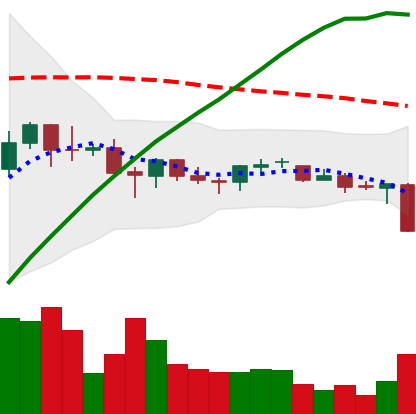
Ticker: BNB-USD
Chart end date: 2021-06-21
Forward return: 3.12%
Label: up_3_5